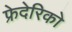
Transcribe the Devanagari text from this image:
फ्रेदेरिको